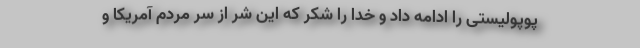
پوپولیستی را ادامه داد و خدا را شکر که این شر از سر مردم آمریکا و